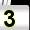
Digit: 3